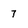
Character: 7